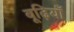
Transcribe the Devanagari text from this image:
बूढ़ियाँ